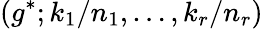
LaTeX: \left(g^{*};k_{1}/n_{1},\ldots,k_{r}/n_{r}\right)